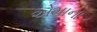
એમાના